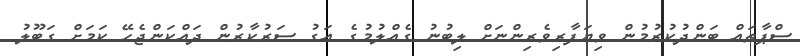
ސްޕާތައް ބަންދުކުރުމުން ވިޔަފާރިވެރިންނަށް ލިބުނު ގެއްލުމުގެ އަގު ސަރުކާރުން ދައްކަންޖެހޭ ކަމަށް ގަބޫލު